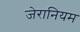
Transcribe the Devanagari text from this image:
जेरानियम